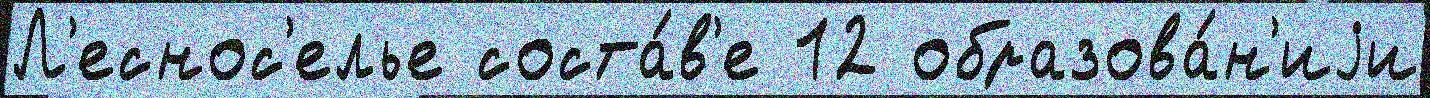
Л'еснос'елье соста́в'е 12 образова́н'иjи